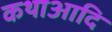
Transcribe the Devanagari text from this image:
कथाआदि